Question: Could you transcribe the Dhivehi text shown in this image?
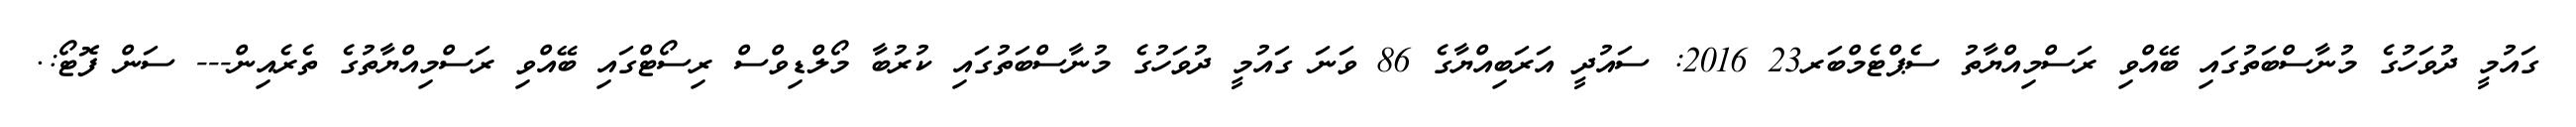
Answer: ގައުމީ ދުވަހުގެ މުނާސްބަތުގައި ބޭއްވި ރަސްމިއްޔާތު ސެޕްޓެމްބަރ23 2016: ސައުދީ އަރަބިއްޔާގެ 86 ވަނަ ގައުމީ ދުވަހުގެ މުނާސްބަތުގައި ކުރުބާ މޯލްޑިވްސް ރިސޯޓްގައި ބޭއްވި ރަސްމިއްޔާތުގެ ތެރެއިން--- ސަން ފޮޓޯ:.